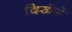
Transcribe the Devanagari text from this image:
दिखेगें